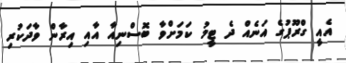
އެއީ ގްރޫޕުގެ އަނެއް ދެ ޓީމު ކަމަށްވާ ބޮސްނިއާ އާއި އިރާން ވާދަކުރި